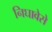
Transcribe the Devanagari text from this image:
निघावेसे